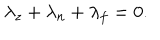
LaTeX: \lambda _ { z } + \lambda _ { n } + \lambda _ { f } = 0 .